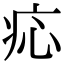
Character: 𤵂